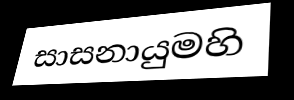
සාසනායුමහි